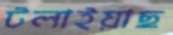
টলাইয়াছ